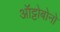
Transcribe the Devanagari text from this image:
ऑट्टोबोनो